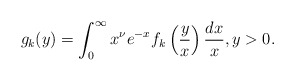
\begin{align*} g_k(y) = \int_0^{\infty} x^{\nu} e^{-x} f_k \left( \frac{y}{x} \right) \frac{dx}{x}, y > 0.\end{align*}